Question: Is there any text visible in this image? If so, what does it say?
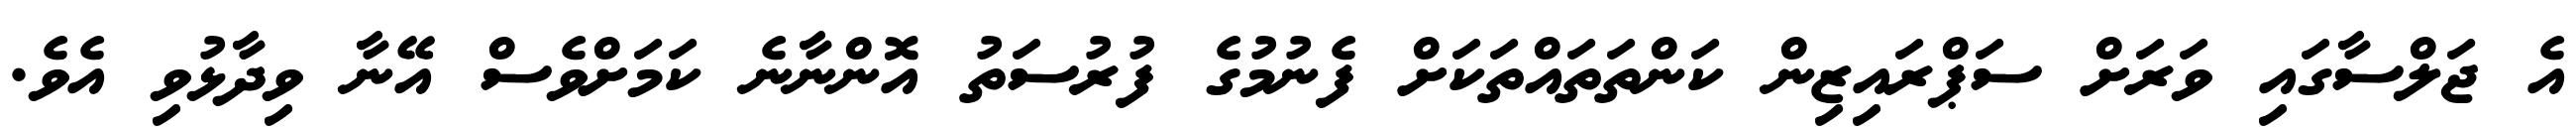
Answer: އެ ޖަލްސާގައި ވަރަށް ސަޕްރައިޒިން ކަންތަތައްތަކަށް ފެނުމުގެ ފުރުސަތު އޮންނާނެ ކަމަށްވެސް އޭނާ ވިދާޅުވި އެވެ.